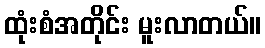
ထုံးစံအတိုင်း မူးလာတယ်။